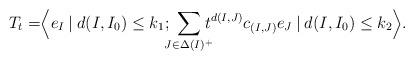
LaTeX: \begin{align*}T_t=&\Big< e_I \: | \: d(I,I_0)\leq k_1;\:\!\!\!\!\sum_{J\in \Delta(I)^+}\!\!\!\!t^{d(I,J)} c_{(I,J)}e_J\: | \: d(I,I_0)\leq k_2\Big >.\end{align*}